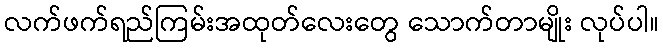
လက်ဖက်ရည်ကြမ်းအထုတ်လေးတွေ သောက်တာမျိုး လုပ်ပါ။